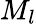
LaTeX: M_{l}